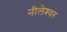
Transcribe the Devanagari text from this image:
नीलेश्‍वर